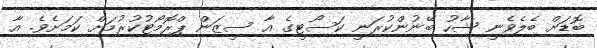
ބޮޑަށް ބެލެވެނީ ޝާހު ބޭނުންކުރަނީ ކަސޯޓީގެ އާ ސީޒަން ޕްރޮމޯޓުކުރުމަަށް ކަމަށެވެ. އާ